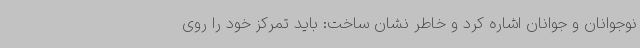
نوجوانان و جوانان اشاره کرد و خاطر نشان ساخت: باید تمرکز خود را روی